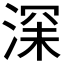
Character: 𱧐